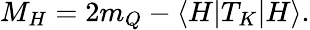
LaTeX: M_{H}=2m_{Q}-\langle H\vert T_{K}\vert H\rangle.